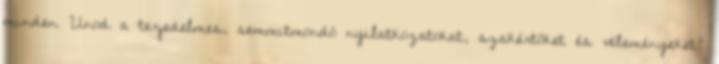
minden Unod a terjedelmes, semmitmondó nyilatkozatokat, szakértőket és véleményeket?